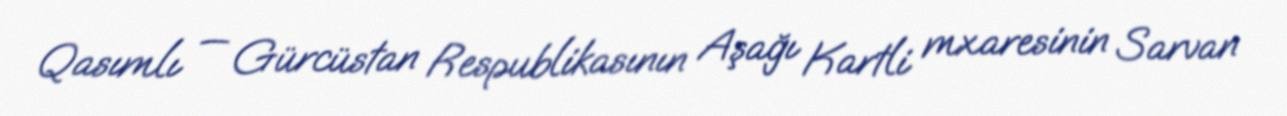
Qasımlı — Gürcüstan Respublikasının Aşağı Kartli mxaresinin Sarvan